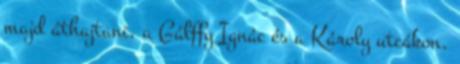
majd áthajtani, a Gálffy Ignác és a Károly utcákon.